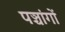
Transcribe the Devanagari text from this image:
पञ्चांगाें